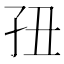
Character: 𰌢